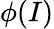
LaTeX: \phi(I)